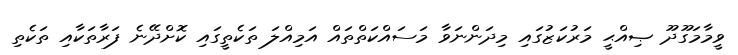
ވީމާމަގޫދޫ ޞިއްޙީ މަރުކަޒުގައި މިދަންނަވާ މަސައްކަތްތައް އަމިއްލަ ތަކެތީގައި ކޮށްދޭނެ ފަރާތަކާއި ތަކެތި